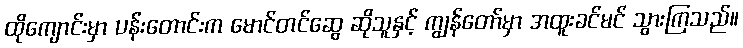
ထိုကျောင်းမှာ ပန်းတောင်းက မောင်တင်ဆွေ ဆိုသူနှင့် ကျွန်တော်မှာ အထူးခင်မင် သွားကြသည်။